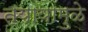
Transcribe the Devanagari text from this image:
त्यायामुळे